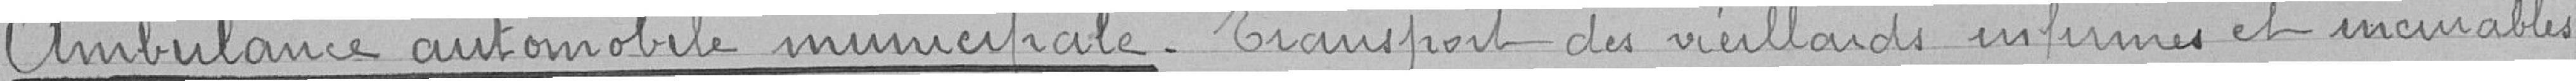
Ambulance automobile municipale_ Transport des vieillards infirmes et incurables